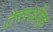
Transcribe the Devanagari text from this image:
टेररऑफ़